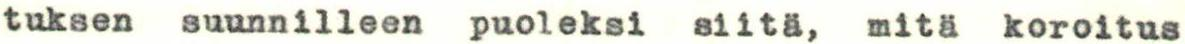
tuksen suunnilleen puoleksi siitä, mitä koroitus